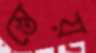
স্তেয়